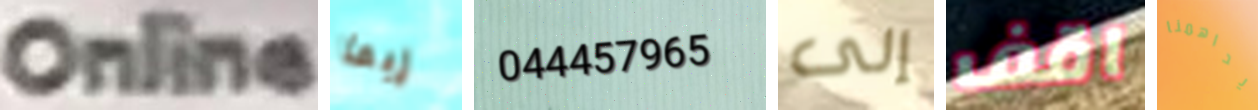
Online ربما 044457965 إلى اقف يداهمنا